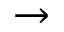
\rightarrow